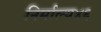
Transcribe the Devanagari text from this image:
निर्माल्य४६